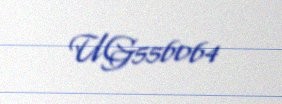
UG556064